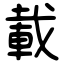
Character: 載